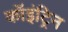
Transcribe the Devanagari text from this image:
कॉइंट्रिन